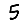
Digit: 5